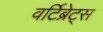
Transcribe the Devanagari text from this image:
वर्टिब्रेट्स